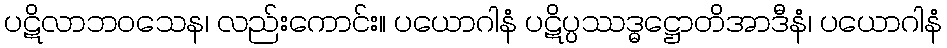
ပဋိလာဘဝသေန၊ လည်းကောင်း။ ပယောဂါနံ ပဋိပ္ပဿဒ္ဓဋ္ဌောတိအာဒီနံ၊ ပယောဂါနံ